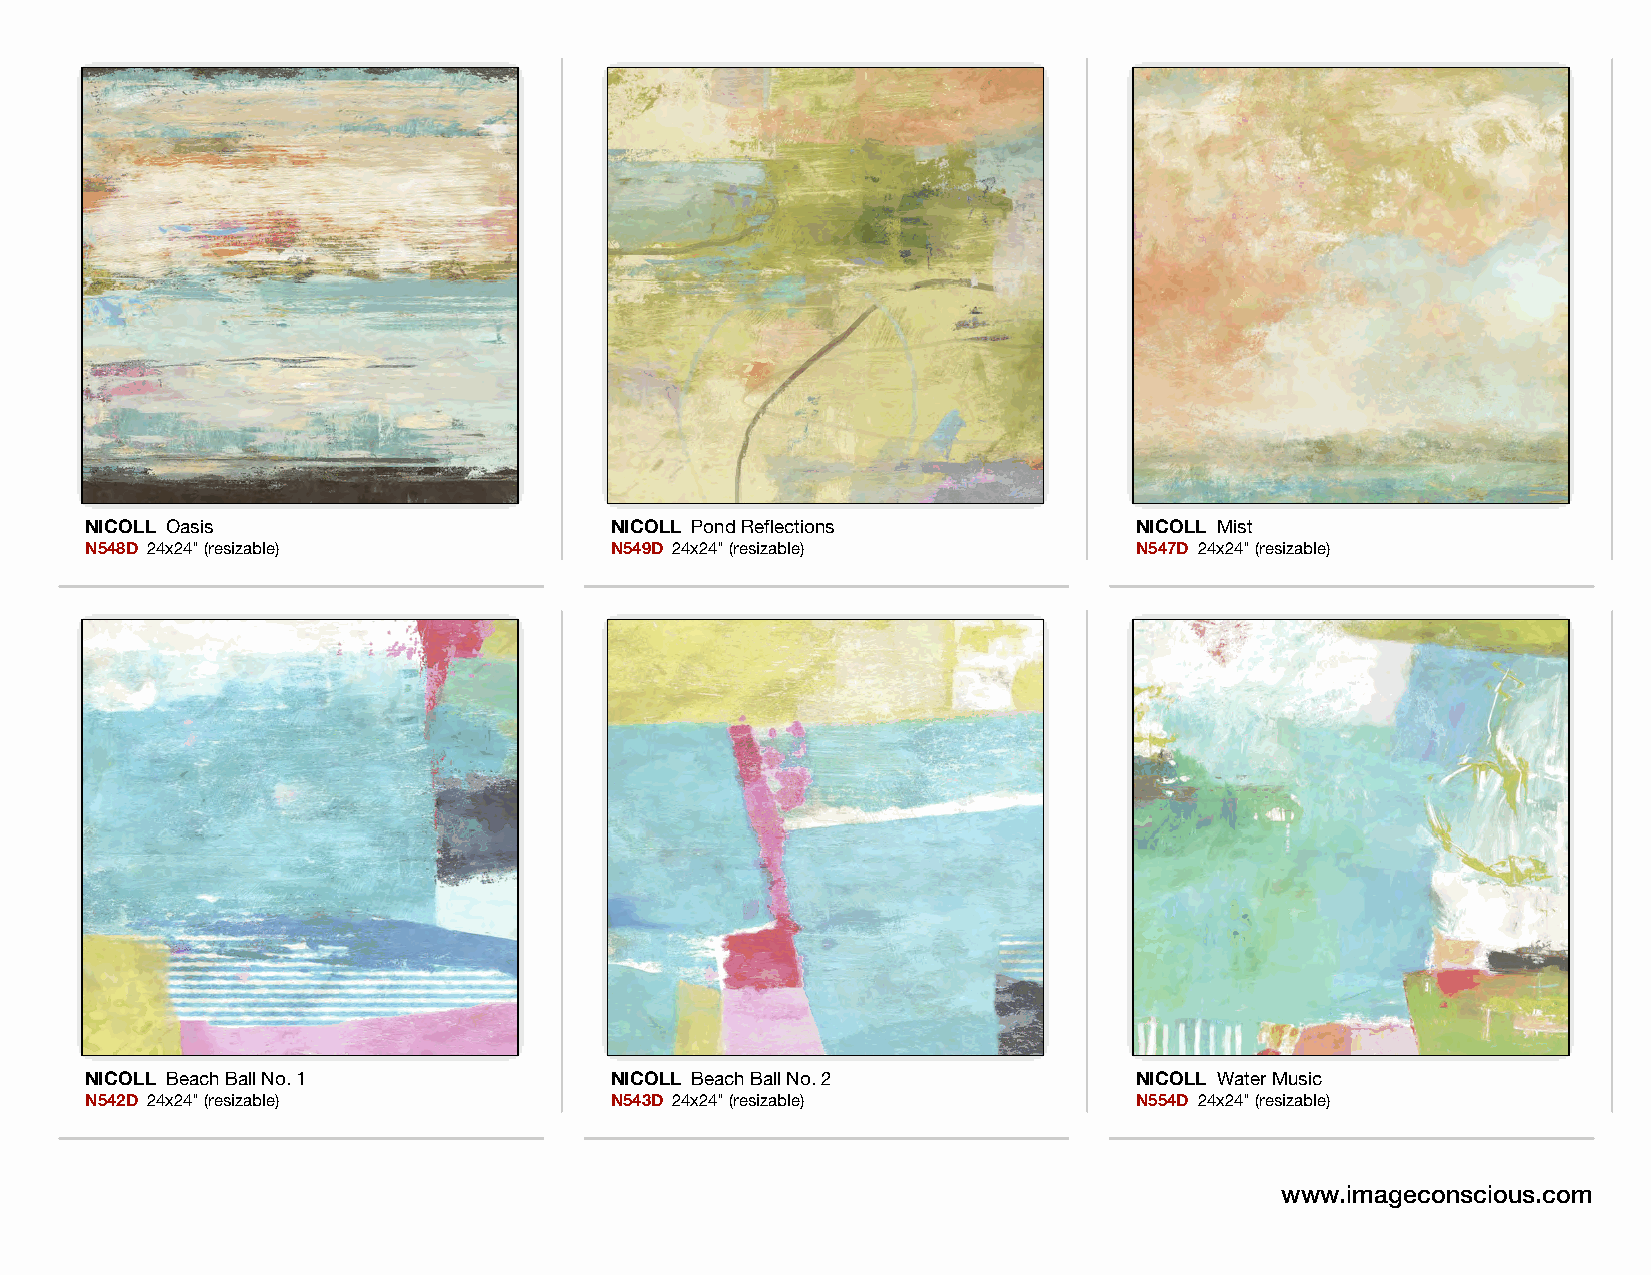
NICOLL Oasis                      NICOLL Pond Reflections            NICOLL Mist
 N548D 24x24" (resizable)          N549D 24x24" (resizable)           N547D 24x24" (resizable)
 NICOLL Beach Ball No. 1           NICOLL Beach Ball No. 2            NICOLL Water Music
 N542D 24x24" (resizable)          N543D 24x24" (resizable)           N554D 24x24" (resizable)
 www.imageconscious.com